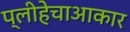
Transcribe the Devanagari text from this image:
प्लीहेचाआकार